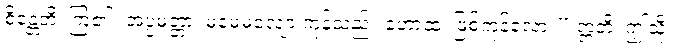
စိန္တေတိ၊ ကြံ၏။ အပ္ပမတ္တာ၊ မမေ့မလျော့ ကုန်သည်။ ဟောထ၊ ဖြစ်ကုန်လော့။” ဣတိ၊ ဤသို့။